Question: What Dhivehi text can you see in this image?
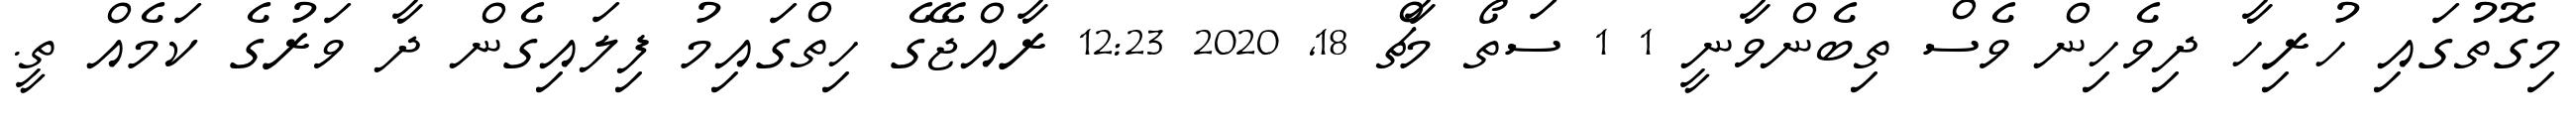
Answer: މިގޮތުގައި ހުރިހާ ދިވެހިން ވެސް ތިބެންވާނީ 1 1 ސަތޯ މާޗް 18, 2020 12:23 ރާއްޖޭގެ ހިތްގައިމު ފިލައިގެން ދާ ވަރުގެ ކަމެއް ތީ.